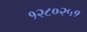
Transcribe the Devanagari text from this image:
१२८०२५१